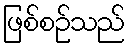
ဖြစ်စဉ်သည်